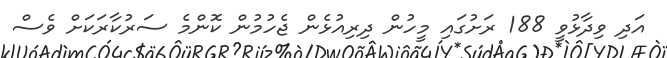
އަދި ވިދާޅުވީ 188 ރަށުގައި މީހުން ދިރިއުޅެން ޖެހުމުން ކޮންމެ ސަރުކާރަކަށް ވެސް